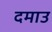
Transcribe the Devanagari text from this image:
दमाउ